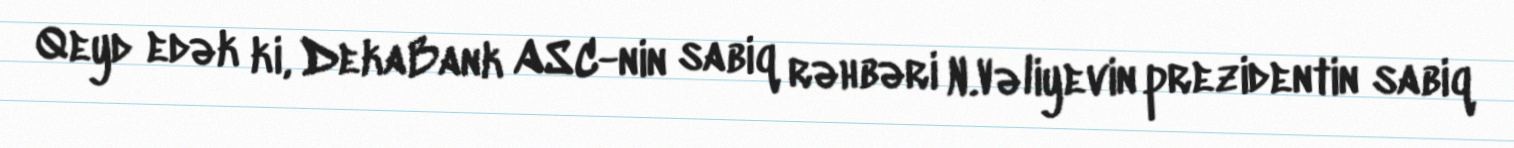
Qeyd edək ki, DekaBank ASC-nin sabiq rəhbəri N.Vəliyevin prezidentin sabiq